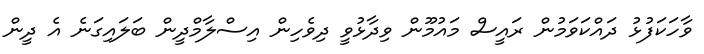
ވާހަކަފުޅު ދައްކަވަމުން ރައީސް މައުމޫން ވިދާޅުވީ ދިވެހިން އިސްލާމްދީން ބަލައިގަނެ އެ ދީން